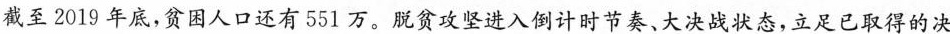
截至2019年底，贫困人口还有551万。脱贫攻坚进入倒计时节奏、大决战状态，立足已取得的决